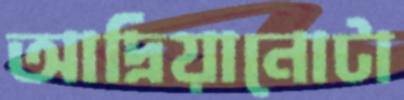
আদ্রিয়ানোটা